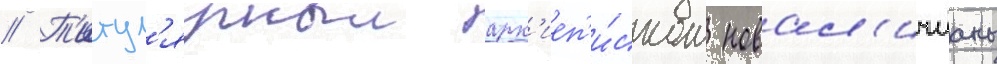
// Т'итул'ярныи арх'иеп'и́скоп новал'ичианы